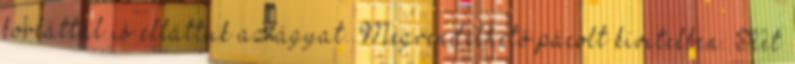
korláttal is elláttuk az ágyat. Megrendelhető pácolt kivitelben. Két